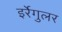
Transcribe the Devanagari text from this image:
इर्रेगुलर